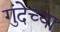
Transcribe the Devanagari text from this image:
गुंदेच्या